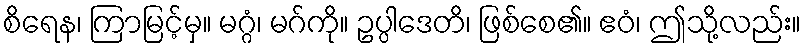
စိရေန၊ ကြာမြင့်မှ။ မဂ္ဂံ၊ မဂ်ကို။ ဥပ္ပါဒေတိ၊ ဖြစ်စေ၏။ ဧဝံ၊ ဤသို့လည်း။